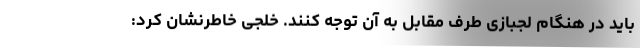
باید در هنگام لجبازی طرف مقابل به آن توجه کنند. خلجی خاطرنشان کرد: